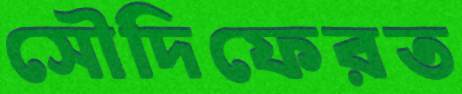
সৌদিফেরত